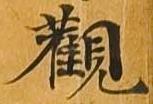
観